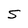
Character: S